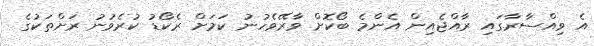
އެ ވިއްސާރާގައި ރާއްޖެއިން އެންމެ ބޯކޮށް ވާރޭވެހުނު ކަމަށް ރެކޯޑު ކުރެވުނު ރަށްތަކުގެ